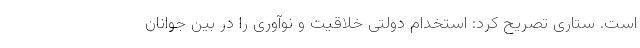
است. ستاری تصریح کرد:‌ استخدام دولتی خلاقیت و نوآوری را در بین جوانان